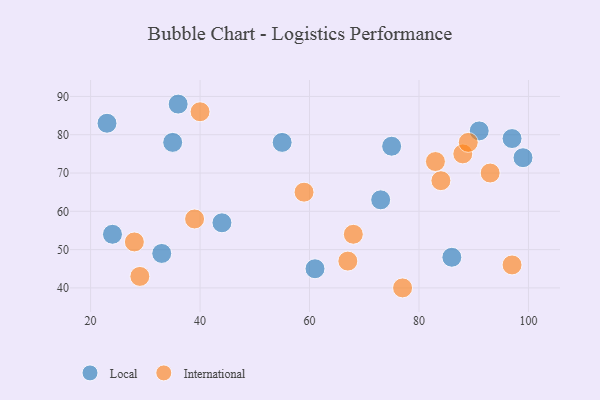
{"axis": {"x": "GDP", "y": "Life Expectancy"}, "legend": ["International", "Local"], "data": [{"x": "23", "y": 83, "type": "Local"}, {"x": "75", "y": 77, "type": "Local"}, {"x": "61", "y": 45, "type": "Local"}, {"x": "99", "y": 74, "type": "Local"}, {"x": "91", "y": 81, "type": "Local"}, {"x": "97", "y": 79, "type": "Local"}, {"x": "35", "y": 78, "type": "Local"}, {"x": "73", "y": 63, "type": "Local"}, {"x": "55", "y": 78, "type": "Local"}, {"x": "33", "y": 49, "type": "Local"}, {"x": "36", "y": 88, "type": "Local"}, {"x": "44", "y": 57, "type": "Local"}, {"x": "24", "y": 54, "type": "Local"}, {"x": "86", "y": 48, "type": "Local"}, {"x": "59", "y": 65, "type": "International"}, {"x": "67", "y": 47, "type": "International"}, {"x": "88", "y": 75, "type": "International"}, {"x": "29", "y": 43, "type": "International"}, {"x": "39", "y": 58, "type": "International"}, {"x": "77", "y": 40, "type": "International"}, {"x": "28", "y": 52, "type": "International"}, {"x": "97", "y": 46, "type": "International"}, {"x": "68", "y": 54, "type": "International"}, {"x": "89", "y": 78, "type": "International"}, {"x": "40", "y": 86, "type": "International"}, {"x": "84", "y": 68, "type": "International"}, {"x": "83", "y": 73, "type": "International"}, {"x": "93", "y": 70, "type": "International"}]}